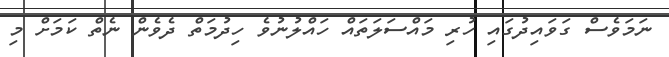
ނަމަވެސް ގަވައިދުގައި ހުރި މައްސަލަތައް ހައްލުނުވެ ހިދުމަތް ދެވެން ނެތް ކަމަށް މި